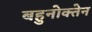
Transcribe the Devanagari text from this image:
बहुनोक्तेन